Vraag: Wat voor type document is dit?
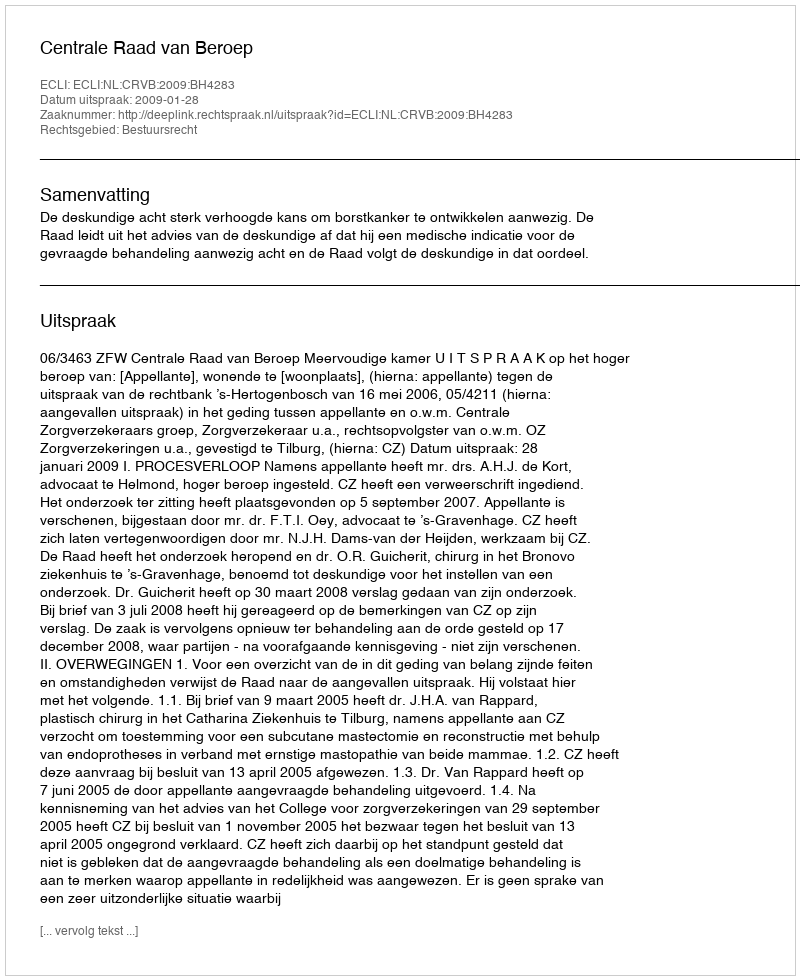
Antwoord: Uitspraak